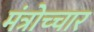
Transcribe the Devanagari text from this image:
मंत्रोच्‍चार